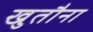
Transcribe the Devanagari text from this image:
खुतौना